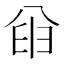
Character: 𫤮